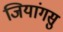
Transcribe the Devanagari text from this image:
जियांगसु